Report on sanitation, dispensaries, and jails in Rajputana for 1915, and on vaccination for the year 1915-1916 - 1915-1916
Year: 1915
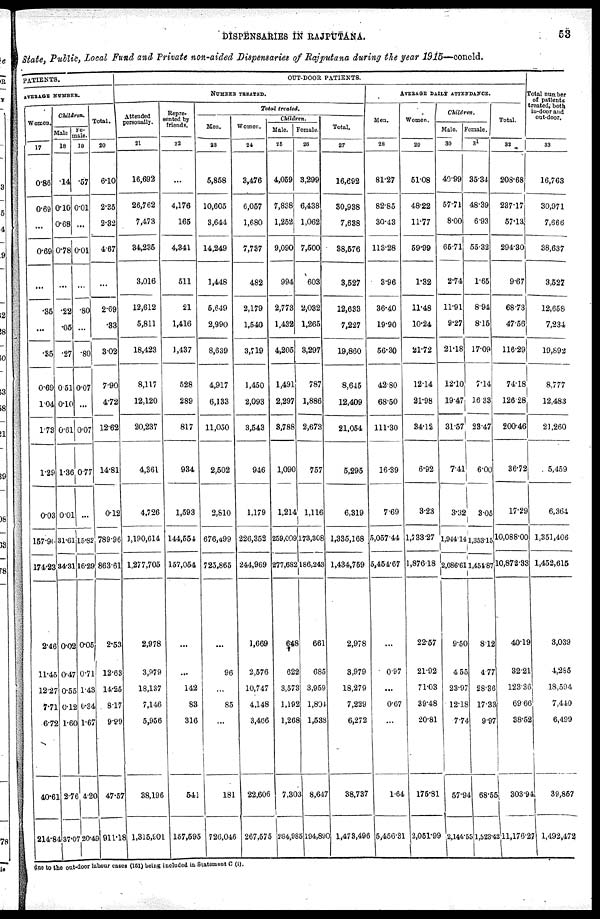
DISPENSARIES IN RAJPUTANA.
53
State, Public, Local Fund and Private non-aided Dispensaries of Rajputana during the year 1915—concld.
PATIENTS.
AVERAGE NUMBER.
Women.
17
0.86
0.69
...
0.69
...
.35
...
.35
0.69
1.04
1.73
1.29
0.03
157.90
174.23
2.46
11.45
12.27
7.71
6.72
40.61
214.84
Children.
Male
18
.14
0.10
0.68
0.78
...
.22
.05
.27
0.51
0.10
0.61
1.36
0.01
31.61
34.31
0.02
0.47
0.55
0.12
1.60
2.76
37.07
Fe-
male.
19
.57
0.01
...
0.01
...
.80
...
.80
0.07
...
0.07
0.77
...
15.82
16.29
0.05
0.71
1.43
0.34
1.67
4.20
20.49
Total.
20
6.10
2.35
2.32
4.67
...
2.69
.33
3.02
7.90
4.72
12.62
14.81
0.12
789.96
863.61
2.53
12.63
14.25
8.17
9.99
47.57
911.18
OUT-DOOR PATIENTS.
NUMBER TREATED.
Attended
personally.
21
16,692
26,762
7,473
34,235
3,016
12,612
5,811
18,423
8,117
12,120
20,237
4,361
4,726
1,190,614
1,277,705
2,978
3,979
18,137
7,146
5,956
38,196
1,315,901
Repre-
sented by
friends.
22
...
4,176
165
4,341
511
21
1,416
1,437
528
289
817
934
1,593
144,554
157,054
...
...
142
83
316
541
157,595
Total treated.
Men.
23
5,858
10,605
3,644
14,249
1,448
5,649
2,990
8,639
4,917
6,133
11,050
2,502
2,810
676,499
725,865
...
96
...
85
...
181
726,046
Women.
24
3,476
6,057
1,680
7,737
482
2,179
1,540
3,719
1,450
2,093
3,543
946
1,179
226,352
244,969
1,669
2,576
10,747
4,148
3,466
22,606
267,575
Children.
Male.
25
4,059
7,838
1,252
9,090
994
2,773
1,432
4,205
1,491
2,297
3,788
1,090
1,214
259,009
277,682
648
622
3,573
1,192
1,268
7,303
784,985
Female.
26
3,299
6,438
1,062
7,500
603
2,032
1,265
3,297
787
1,886
2,673
757
1,116
173,308
186,243
661
685
3,959
1,804
1,538
8,647
194,890
Total.
27
16,692
30,938
7,638
38,576
3,527
12,633
7,227
19,860
8,645
12,409
21,054
5,295
6,319
1,335,168
1,434,759
2,978
3,979
18,279
7,229
6,272
38,737
1,473,496
AVERAGE DAILY ATTENDANCE.
Men.
28
81.27
82.85
30.43
113.28
3.96
36.40
19.90
56.30
42.80
68.50
111.30
16.39
7.69
5,057.44
5,454.67
...
0.97
...
0.67
...
1.64
5,456.31
Women.
29
51.08
48.22
11.77
59.99
1.32
11.48
10.24
21.72
12.14
21.98
34.12
6.92
3.23
1,733.27
1,876.18
22.57
21.92
71.03
39.48
20.81
175.81
2,051.99
Children.
Male.
30
40.99
57.71
8.00
65.71
2.74
11.91
9.27
21.18
12.10
19.47
31.57
7.41
3.32
1,944.14
2,086.61
9.50
4.55
23.97
12.18
7.74
57.94
2,144.55
Female.
31
35.34
48.39
6.93
55.32
1.65
8.94
8.15
17.09
7.14
16.33
23.47
6.00
3.05
1,353.15
1,454.87
8.12
4.77
28.36
17.33
9.97
68.55
1,523.42
Total.
32
208.68
237.17
57.13
294.30
9.67
68.73
47.56
116.29
74.18
126.28
200.46
36.72
17.29
10,088.00
10,872.33
40.19
32.21
123.36
69.66
38.52
303.94
11,176.27
Total number
of patients
treated, both
in-door and
out-door.
33
16,763
30,971
7,666
38,637
3,527
12,658
7,234
19,892
8,777
12,483
21,260
5,459
6,364
1,351,406
1,452,615
3,039
4,285
18,594
7,440
6,499
39,857
1,492,472
due to the out-door labour cases (151) being included in Statement C (I).